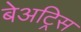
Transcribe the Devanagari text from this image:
बेअट्रिस